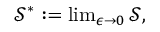
\begin{array} { r } { \mathcal { S } ^ { * } : = \operatorname* { l i m } _ { \epsilon \to 0 } \mathcal { S } , } \end{array}